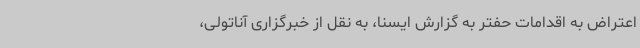
اعتراض به اقدامات حفتر به گزارش ایسنا، به نقل از خبرگزاری آناتولی،